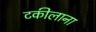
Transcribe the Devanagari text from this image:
टकीलाना